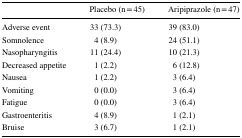
<table><thead><tr><td></td><td><b>Placebo (n = 45)</b></td><td><b>Aripiprazole (n = 47)</b></td></tr></thead><tbody><tr><td>Adverse event</td><td>33 (73.3)</td><td>39 (83.0)</td></tr><tr><td>Somnolence</td><td>4 (8.9)</td><td>24 (51.1)</td></tr><tr><td>Nasopharyngitis</td><td>11 (24.4)</td><td>10 (21.3)</td></tr><tr><td>Decreased appetite</td><td>1 (2.2)</td><td>6 (12.8)</td></tr><tr><td>Nausea</td><td>1 (2.2)</td><td>3 (6.4)</td></tr><tr><td>Vomiting</td><td>0 (0.0)</td><td>3 (6.4)</td></tr><tr><td>Fatigue</td><td>0 (0.0)</td><td>3 (6.4)</td></tr><tr><td>Gastroenteritis</td><td>4 (8.9)</td><td>1 (2.1)</td></tr><tr><td>Bruise</td><td>3 (6.7)</td><td>1 (2.1)</td></tr></tbody></table>